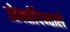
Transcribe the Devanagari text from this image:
ओक्सीदेन्ताले